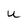
Character: U